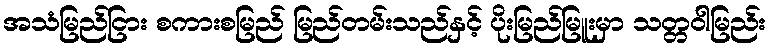
အသံမြည်ငြား စကားစမြည် မြည်တမ်းသည်နှင့် ပိုးမြည်မြူးမှာ သတ္တဝါမြည်း